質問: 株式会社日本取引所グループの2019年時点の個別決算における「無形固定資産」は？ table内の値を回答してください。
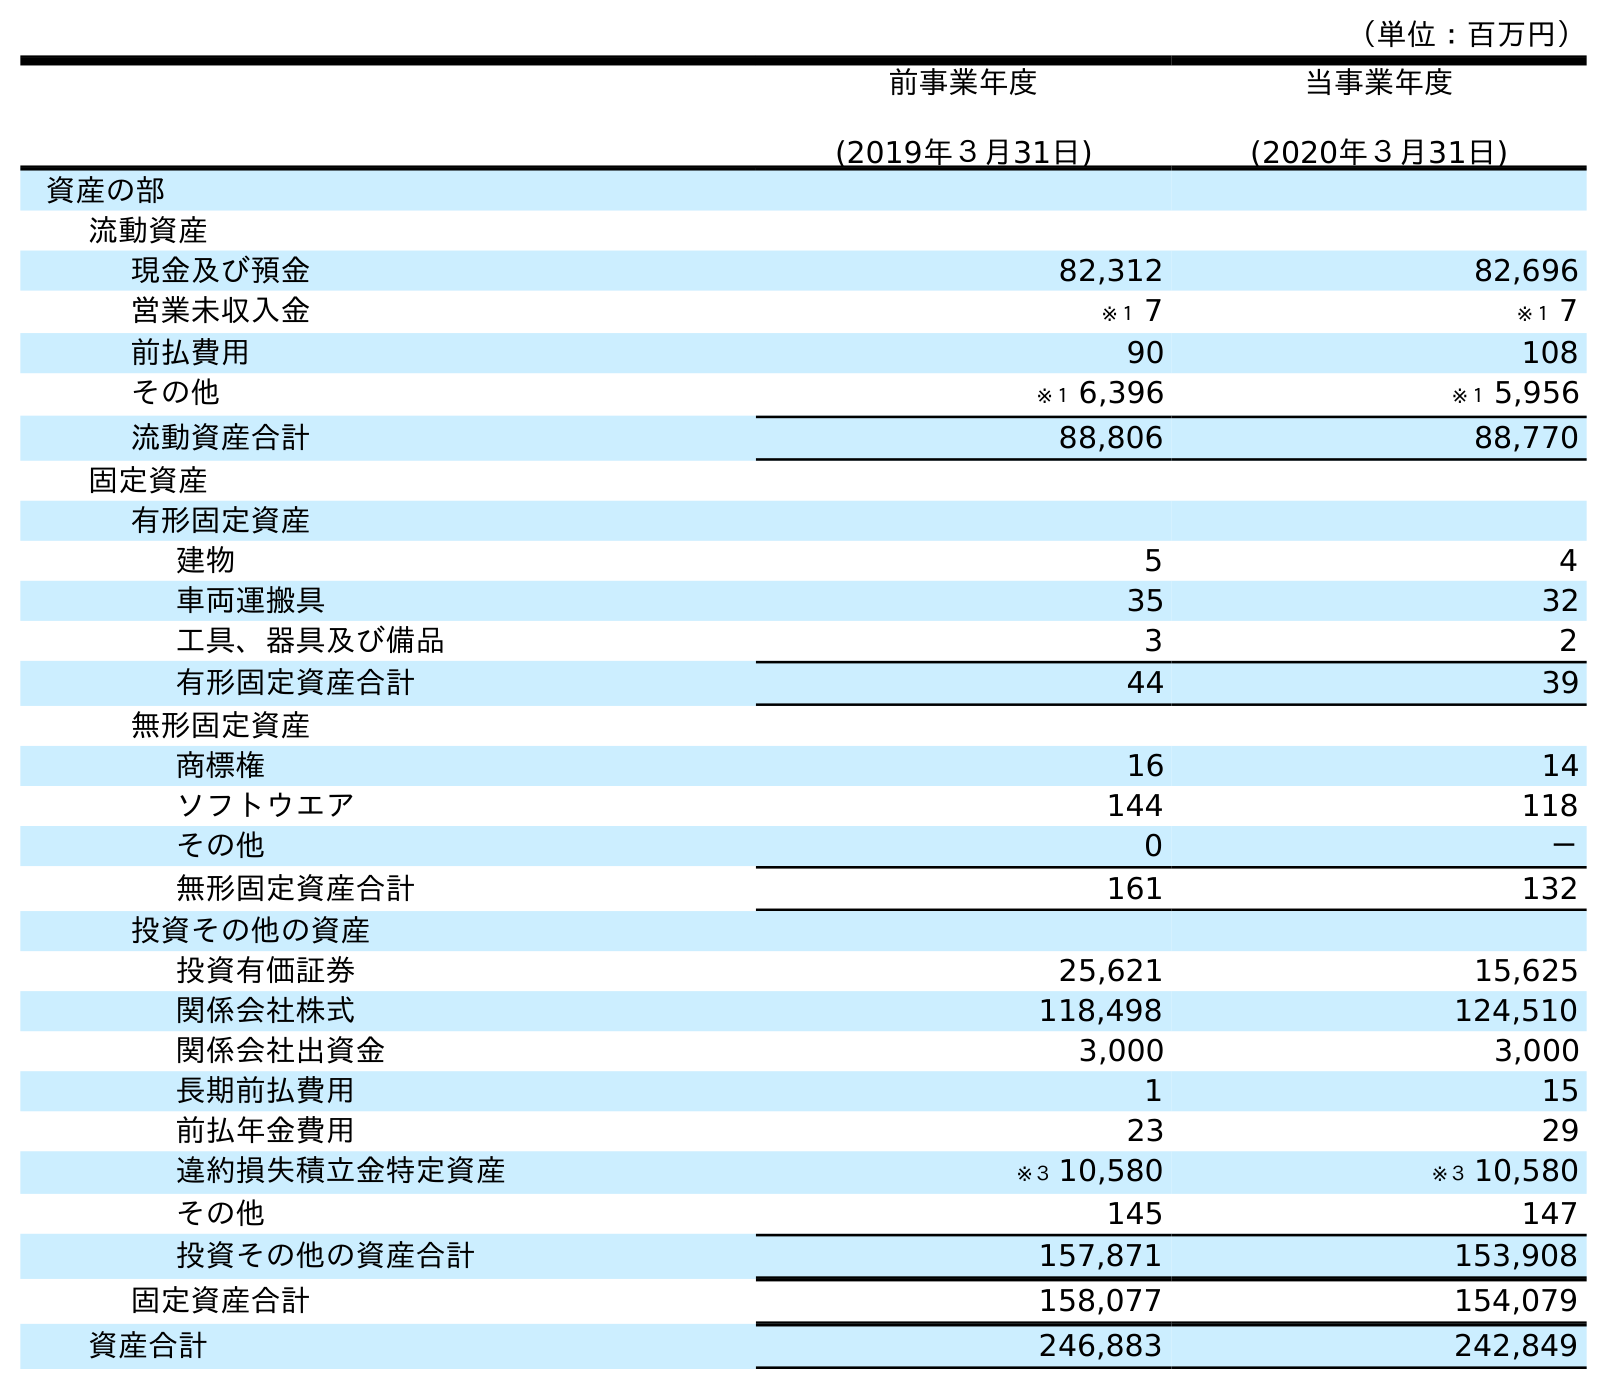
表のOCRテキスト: （単位：百万円） 前事業年度 (2019年３月31日) 当事業年度 (2020年３月31日) 資産の部 流動資産 現金及び預金 82,312 82,696 営業未収入金 ※１ 7 ※１ 7 前払費用 90 108 その他 ※１ 6,396 ※１ 5,956 流動資産合計 88,806 88,770 固定資産 有形固定資産 建物 5 4 車両運搬具 35 32 工具、器具及び備品 3 2 有形固定資産合計 44 39 無形固定資産 商標権 16 14 ソフトウエア 144 118 その他 0 － 無形固定資産合計 161 132 投資その他の資産 投資有価証券 25,621 15,625 関係会社株式 118,498 124,510 関係会社出資金 3,000 3,000 長期前払費用 1 15 前払年金費用 23 29 違約損失積立金特定資産 ※３ 10,580 ※３ 10,580 その他 145 147 投資その他の資産合計 157,871 153,908 固定資産合計 158,077 154,079 資産合計 246,883 242,849
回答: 161